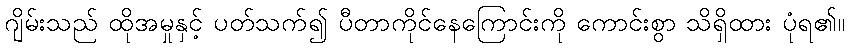
ဂျိမ်းသည် ထိုအမှုနှင့် ပတ်သက်၍ ပီတာကိုင်နေကြောင်းကို ကောင်းစွာ သိရှိထား ပုံရ၏။